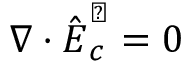
\boldsymbol \nabla \cdot \hat { \boldsymbol E } _ { c } ^ { \perp } = 0